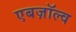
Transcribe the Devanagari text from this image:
एबज़ॉल्व